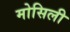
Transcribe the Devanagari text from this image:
मोसिली